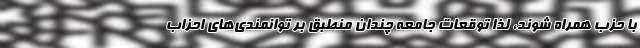
با حزب همراه شوند، لذا توقعات جامعه چندان منطبق بر توانمندی‌های احزاب